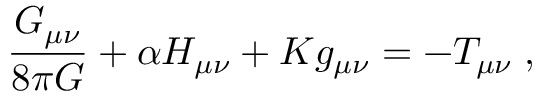
\frac { G _ { \mu \nu } } { 8 \pi G } + \alpha H _ { \mu \nu } + K g _ { \mu \nu } = - T _ { \mu \nu } \; ,